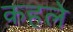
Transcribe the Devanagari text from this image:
कहले